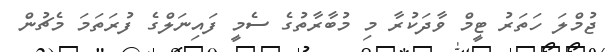
ޖުމްލަ ހަތަރު ޓީމް ވާދަކުރާ މި މުބާރާތުގެ ސެމީ ފައިނަލްގެ ފުރަތަމަ މެޗުން